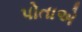
પોતાએ